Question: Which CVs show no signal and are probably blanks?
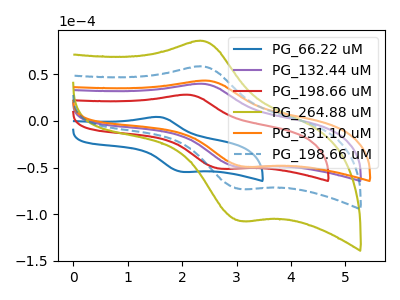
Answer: <think>The blue curve "PG_66.22 uM" has an anodic peak at (1.55V, 4.10uA) and a cathodic peak at (2.05V, -54.70uA). The purple curve "PG_132.44 uM" has an anodic peak at (2.40V, 39.55uA) and a cathodic peak at (3.05V, -49.65uA). The red curve "PG_198.66 uM" has an anodic peak at (2.10V, 27.85uA) and a cathodic peak at (2.75V, -51.35uA). The olive curve "PG_264.88 uM" has an anodic peak at (2.40V, 116.25uA) and a cathodic peak at (3.05V, -145.95uA). The orange curve "PG_331.10 uM" has an anodic peak at (2.45V, 42.95uA) and a cathodic peak at (3.15V, -49.20uA). The blue dashed curve "PG_198.66 uM" has an anodic peak at (2.40V, 58.15uA) and a cathodic peak at (3.05V, -72.95uA).</think>
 <answer>There are not any CV's on this graph that are likely to be blanks.</answer>
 <eval>none</eval>